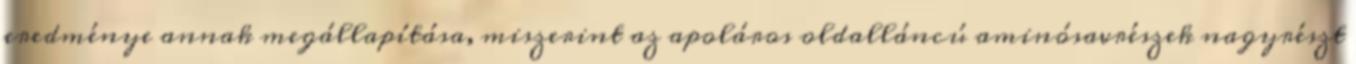
eredménye annak megállapítása, miszerint az apoláros oldalláncú aminósavrészek nagyrészt